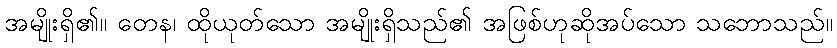
အမျိုးရှိ၏။ တေန၊ ထိုယုတ်သော အမျိုးရှိသည်၏ အဖြစ်ဟုဆိုအပ်သော သဘောသည်။